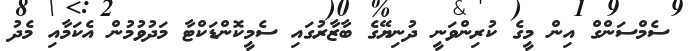
ސެމްސަންގް އިން މީގެ ކުރިންވަނީ ދުނިޔޭގެ ބާޒާރުގައި ސެމީކޮންޑަކްޓާ މަދުވުމުން އެކަމާއި މެދު